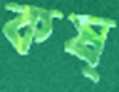
কষ্‌